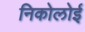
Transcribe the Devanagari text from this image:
निकोलोई